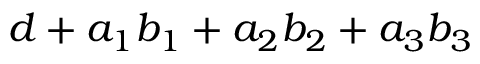
d + a _ { 1 } b _ { 1 } + a _ { 2 } b _ { 2 } + a _ { 3 } b _ { 3 }